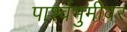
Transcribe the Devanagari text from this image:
पार्श्वभुमीवर